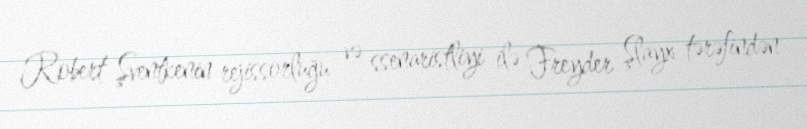
Robert Şventkenin rejissorluğu və ssenaristliyi ilə Freyder Şlayx tərəfindən